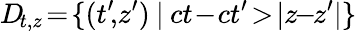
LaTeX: D\! _{t,z}\! =\! \{ (t^{\prime}\! ,\! z^{\prime})\: |\: ct\! -\! ct^{\prime}\! >\! |z\! \! -\! \! z^{\prime}|\}